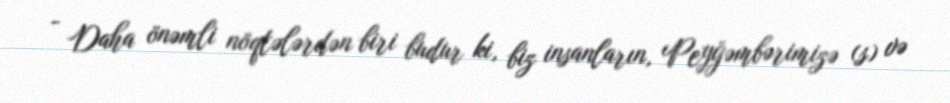
- Daha önəmli nöqtələrdən biri budur ki, biz insanların, Peyğəmbərimizə (s) və